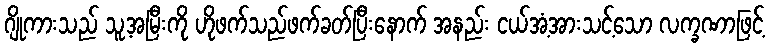
ဂျိုကားသည် သူ့အမြီးကို ဟိုဖက်သည်ဖက်ခတ်ပြီးနောက် အနည်း ငယ်အံ့အားသင့်သော လက္ခဏာဖြင့်